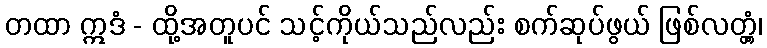
တထာ ဣဒံ - ထို့အတူပင် သင့်ကိုယ်သည်လည်း စက်ဆုပ်ဖွယ် ဖြစ်လတ္တံ့၊